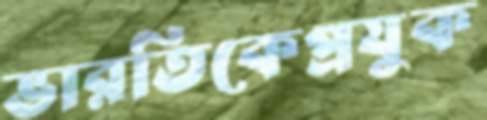
ভারতিকেপ্রযুক